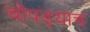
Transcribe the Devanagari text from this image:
चोपड्याच